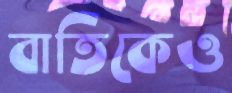
বাতিকেও